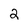
Character: 2